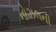
નોઝલની